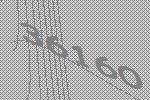
36160